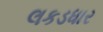
લકડધાર